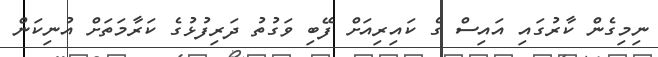
ނިމިގެން ކާރުގައި އައިސް ގެ ކައިރިއަށް ފޭބި ވަގުތު ދަރިފުޅުގެ ކަރާމަތަށް އުނިކަން